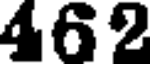
462